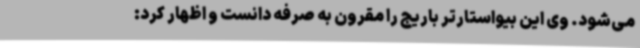
می‌شود. وی این بیواستارتر باریج را مقرون به صرفه دانست و اظهار کرد: